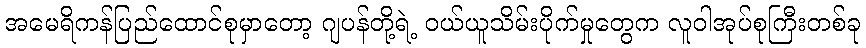
အမေရိကန်ပြည်ထောင်စုမှာတော့ ဂျပန်တို့ရဲ့ ဝယ်ယူသိမ်းပိုက်မှုတွေက လူဝါအုပ်စုကြီးတစ်ခု